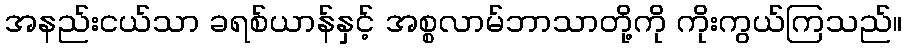
အနည်းငယ်သာ ခရစ်ယာန်နှင့် အစ္စလာမ်ဘာသာတို့ကို ကိုးကွယ်ကြသည်။